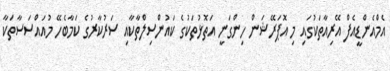
އެމްއެންޑީއެފް އޭރިއާތަކުގައި މި އޮޕަރޭޝަން ހިންގަނީ އަތޮޅުތަކުގެ ކައުންސިލްތާކާއި ސަރުކާރުގެ ކަމާބެހޭ މުއައްސަސާތަކާ